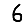
Digit: 6